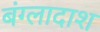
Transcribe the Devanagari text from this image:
बंग्लादाश